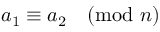
a _ { 1 } \equiv a _ { 2 } { \pmod { n } }